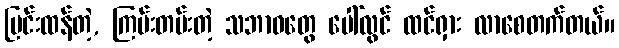
ပြင်းထန်တဲ့, ကြမ်းတမ်းတဲ့ သဘာဝတွေ ပေါ်လွင် ထင်ရှား လာစေတက်တယ်။